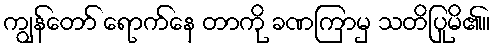
ကျွန်တော် ရောက်နေ တာကို ခဏကြာမှ သတိပြုမိ၏။